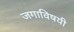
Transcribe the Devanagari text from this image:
जगाविषयी